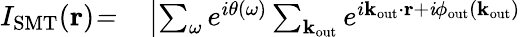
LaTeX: \begin{array}{rl}{I_{\mathrm{SMT}}(\mathbf{r})\mathit=}&{{}\left|\sum_{\omega}e^{i\theta(\omega)}\sum_{\mathbf k_{\mathrm{out}}}e^{i\mathbf k_{\mathrm{out}}\cdot\mathbf{r}+\mathit i\phi_{\mathrm{out}}(\mathbf k_{\mathrm{out}})}\right.}\end{array}